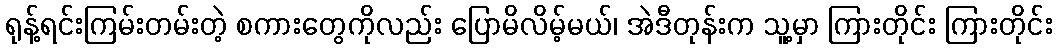
ရုန့်ရင်းကြမ်းတမ်းတဲ့ စကားတွေကိုလည်း ပြောမိလိမ့်မယ်၊ အဲဒီတုန်းက သူ့မှာ ကြားတိုင်း ကြားတိုင်း